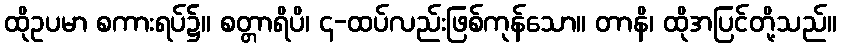
ထိုဥပမာ စကားရပ်၌။ စတ္တာရိပိ၊ ၄-ထပ်လည်းဖြစ်ကုန်သော။ တာနိ၊ ထိုအပြင်တို့သည်။